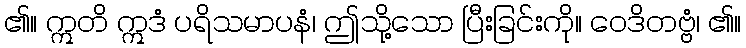
၏။ ဣတိ ဣဒံ ပရိသမာပနံ၊ ဤသို့သော ပြီးခြင်းကို။ ဝေဒိတဗ္ဗံ၊ ၏။